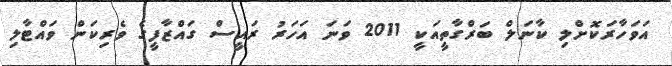
އަވަހާރަކޮށްލި ކާނަލް ބަރްގާތީއަކީ 2011 ވަނަ އަހަރު ރައީސް ގައްޒާފީގެ ވެރިކަން ވައްޓާލި